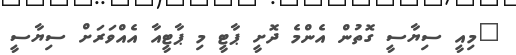
"މިއީ ސިޔާސީ ގޮތުން އެންމެ ދޮށީ ޕާޓީ މި ޕާޓީއާ އެއްވަރަށް ސިޔާސީ